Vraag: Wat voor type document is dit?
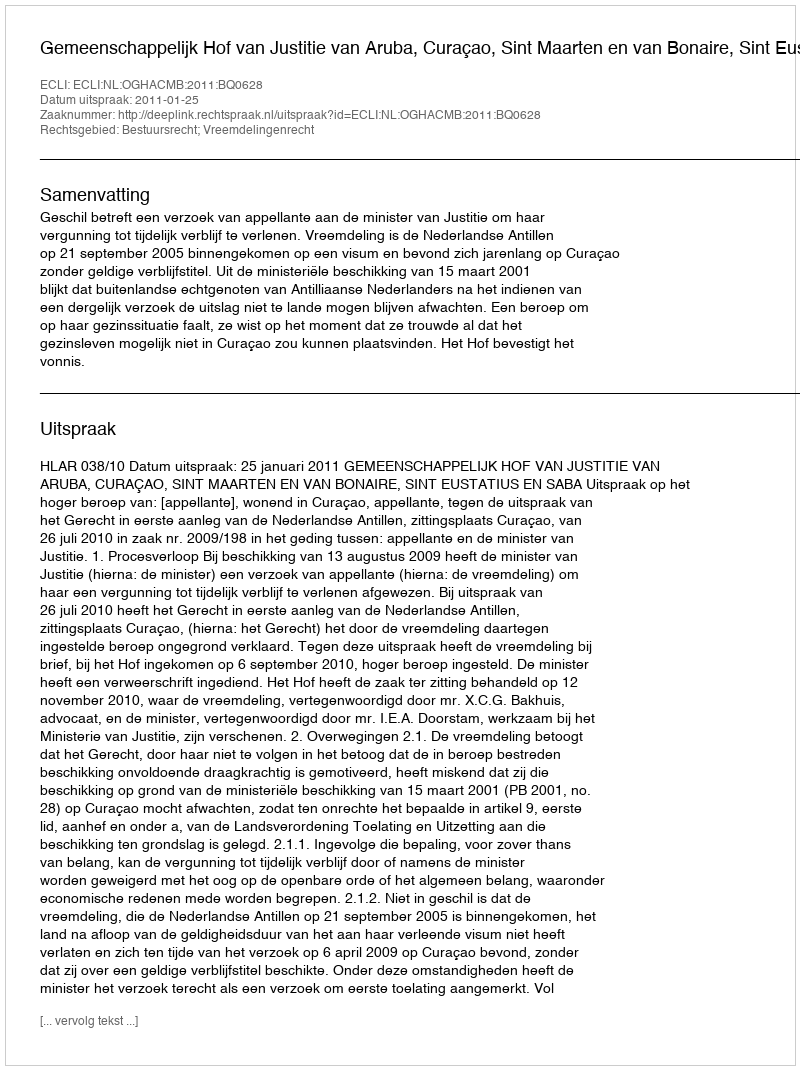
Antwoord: Uitspraak